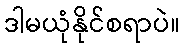
ဒါမယုံနိုင်စရာပဲ။